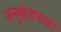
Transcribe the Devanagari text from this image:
अनुक्षेत्रपाळा